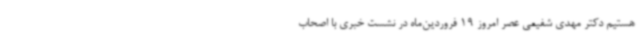
هستیم دکتر مهدی شفیعی عصر امروز 19 فروردین‌ماه در نشست خبری با اصحاب